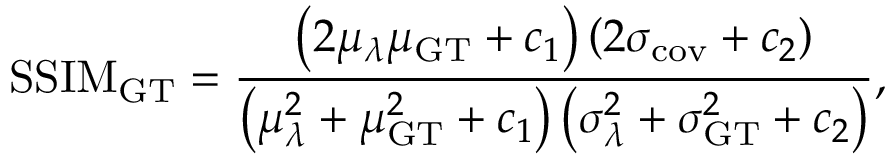
\mathrm { S S I M } _ { \mathrm { G T } } = \frac { \left( 2 \mu _ { \lambda } \mu _ { \mathrm { G T } } + c _ { 1 } \right) \left( 2 \sigma _ { \mathrm { c o v } } + c _ { 2 } \right) } { \left( \mu _ { \lambda } ^ { 2 } + \mu _ { \mathrm { G T } } ^ { 2 } + c _ { 1 } \right) \left( \sigma _ { \lambda } ^ { 2 } + \sigma _ { \mathrm { G T } } ^ { 2 } + c _ { 2 } \right) } ,